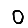
Digit: 0